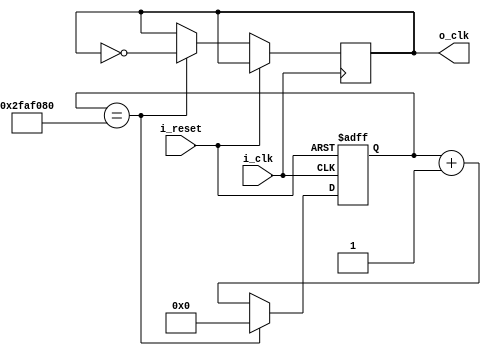
`timescale 1ns / 1ps


module clock_divider(
    input i_clk, i_reset,
    output o_clk
    );
    
    parameter MAX_COUNT = 50_000_000;
    
    reg [31:0] clk_cnt = 0;
    reg r_clk = 0;
    assign o_clk = r_clk;
    
    always @(posedge i_clk or posedge i_reset) begin
        if (i_reset) clk_cnt <= 0;
        else begin
            if (clk_cnt == MAX_COUNT) begin
                clk_cnt <= 0;
                r_clk <= ~r_clk;
            end
            else clk_cnt <= clk_cnt + 1;
        end
    end
endmodule